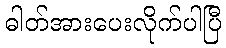
ဓါတ်အားပေးလိုက်ပါပြီ